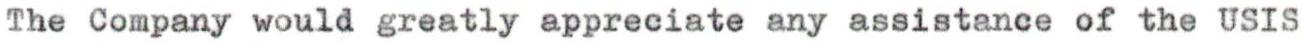
The Company would greatly appreciate any assistance of the USIS